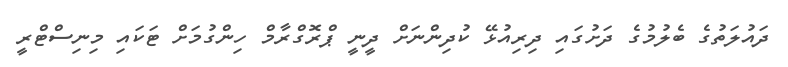
ދައުލަތުގެ ބެލުމުގެ ދަށުގައި ދިރިއުޅޭ ކުދިންނަށް ދީނީ ޕްރޮގްރާމް ހިންގުމަށް ޓަކައި މިނިސްޓްރީ